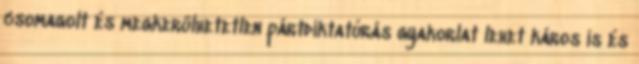
csomagolt és megkerülhetetlen pártdiktatúrás gyakorlat lehet káros is és